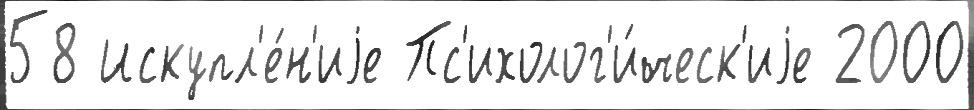
58 Искупл'е́н'иjе Пс'ихолог'и́ческ'иjе 2000